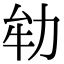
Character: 劺